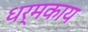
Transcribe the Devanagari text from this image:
धर्मकाय